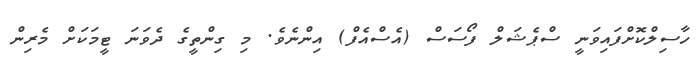
ހާސިލްކޮށްފައިވަނީ ސްޕެޝަލް ފޯސަސް (އެސްއެފް) އިންނެވެ. މި ގިންތީގެ ދެވަނަ ޓީމަކަށް މެރިން